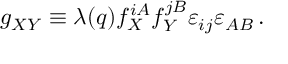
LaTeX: g _ { X Y } \equiv \lambda ( q ) f _ { X } ^ { i A } f _ { Y } ^ { j B } \varepsilon _ { i j } \varepsilon _ { A B } \, .